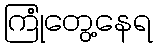
ကြုံတွေ့နေရ